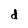
Character: d